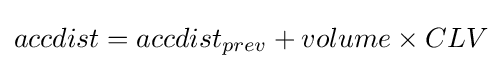
accdist=accdist_{prev}+volume\times CLV